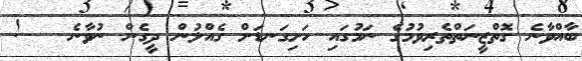
ބާއްވާނެ ގޮތްޒީނަތްތެރިވުމުގެ ނަމުގައި ހަށިގަނޑަށް ގެއްލުން ދީގެން ނުވާނެ   !